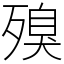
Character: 殠